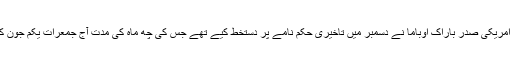
آخری مرتبہ سابق امریکی صدر باراک اوباما نے دسمبر میں تاخیری حکم نامے پر دستخط کیے تھے جس کی چھ ماہ کی مدت آج جمعرات یکم جون کو ختم ہو رہی تھی۔